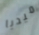
ميديا